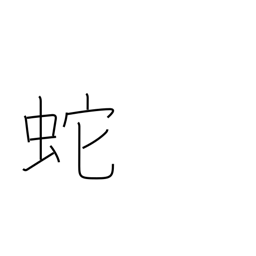
Meaning: serpent